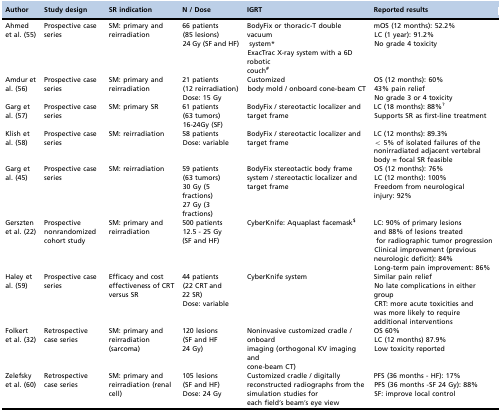
| Author | Study design | SR indication | N / Dose | IGRT | Reported results |
 | --- | --- | --- | --- | --- | --- |
 | Ahmed et al. 55 | Prospective case series | SM: primary and reirradiation | 66 patients(85 lesions)24 Gy (SF and HF) | BodyFix or thoracic-T double vacuum system*ExacTrac X-ray system with a 6D robotic couch# | mOS (12 months): 52.2%LC (1 year): 91.2%No grade 4 toxicity |
 | Amdur et al. 56 | Prospective case series | SM: primary and reirradiation | 21 patients(12 reirradiation)Dose: 15 Gy | Customizedbody mold / onboard cone-beam CT | OS (12 months): 60%43% pain reliefNo grade 3 or 4 toxicity |
 | Garg et al. 57 | Prospective case series | SM: primary SR | 61 patients(63 tumors)16-24Gy (SF) | BodyFix / stereotactic localizer and target frame | LC (18 months): 88%?Supports SR as first-line treatment |
 | Klish et al. 58 | Prospective case series | SM: reirradiation | 58 patientsDose: variable | BodyFix / stereotactic localizer and target frame | LC (12 months): 89.3%< 5% of isolated failures of the nonirradiated adjacent vertebral body = focal SR feasible |
 | Garg et al. 45 | Prospective case series | SM: reirradiation | 59 patients(63 tumors)30 Gy (5 fractions)27 Gy (3 fractions) | BodyFix stereotactic body frame system / stereotactic localizer and target frame | OS (12 months): 76%LC (12 months): 100%Freedom from neurological injury: 92% |
 | Gerszten et al. 22 | Prospective nonrandomized cohort study | SM: primary and reirradiation | 500 patients12.5 - 25 Gy (SF and HF) | CyberKnife: Aquaplast facemask$ | LC: 90% of primary lesions and 88% of lesions treated for radiographic tumor progressionClinical improvement (previous neurologic deficit): 84%Long-term pain improvement: 86% |
 | Haley et al. 59 | Prospective case series | Efficacy and cost effectiveness of CRT versus SR | 44 patients(22 CRT and 22 SR)Dose: variable | CyberKnife system | Similar pain reliefNo late complications in either groupCRT: more acute toxicities and was more likely to require additional interventions |
 | Folkert et al. 32 | Retrospective case series | SM: primary and reirradiation (sarcoma) | 120 lesions(SF and HF 24 Gy) | Noninvasive customized cradle / onboard imaging (orthogonal KV imaging and cone-beam CT) | OS 60%LC (12 months) 87.9%Low toxicity reported |
 | Zelefsky et al. 60 | Retrospective case series | SM: primary and reirradiation (renal cell) | 105 lesions(SF and HF)Dose: 24 Gy | Customized cradle / digitally reconstructed radiographs from the simulation studies for each field's beam's eye view | PFS (36 months - HF): 17%PFS (36 months -SF 24 Gy): 88%SF: improve local control |